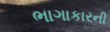
ભાગાકારની